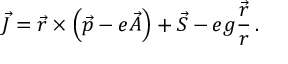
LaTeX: \vec { J } = \vec { r } \times \left( \vec { p } - e \vec { A } \right) + \vec { S } - e g \frac { \vec { r } } { r } \, .